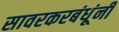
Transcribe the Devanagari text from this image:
सावरकरबंधूंनी